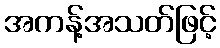
အကန့်အသတ်ဖြင့်